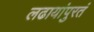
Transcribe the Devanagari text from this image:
लढायांपुरतं